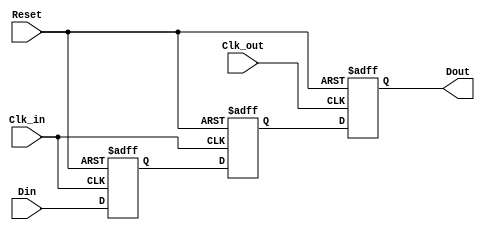
module MemoryBlocksPipelineSynchronizer #(
    parameter DATA_WIDTH = 8,  // Parameter for data width
    parameter NUM_STAGES = 2    // Parameter for number of flip-flop stages
)(
    input  wire [DATA_WIDTH-1:0] Din,      // Data input
    input  wire Clk_in,                     // Source clock input
    input  wire Clk_out,                    // Destination clock input
    input  wire Reset,                       // Asynchronous reset
    output reg  [DATA_WIDTH-1:0] Dout       // Synchronized data output
);

    // Intermediate signals for metastability handling
    reg [DATA_WIDTH-1:0] sync_reg [0:NUM_STAGES-1];

    // Asynchronous reset and data sampling on Clk_in
    always @(posedge Clk_in or posedge Reset) begin
        if (Reset) begin
            sync_reg[0] <= {DATA_WIDTH{1'b0}}; // Reset the first stage
        end else begin
            sync_reg[0] <= Din;                 // Sample data on Clk_in
        end
    end

    // Additional stages for metastability handling
    genvar i;
    generate
        for (i = 1; i < NUM_STAGES; i = i + 1) begin : sync_stage
            always @(posedge Clk_in or posedge Reset) begin
                if (Reset) begin
                    sync_reg[i] <= {DATA_WIDTH{1'b0}}; // Reset subsequent stages
                end else begin
                    sync_reg[i] <= sync_reg[i-1];     // Pass data to the next stage
                end
            end
        end
    endgenerate

    // Output sampling on Clk_out
    always @(posedge Clk_out or posedge Reset) begin
        if (Reset) begin
            Dout <= {DATA_WIDTH{1'b0}}; // Reset output
        end else begin
            Dout <= sync_reg[NUM_STAGES-1]; // Output the last synchronized stage
        end
    end

endmodule